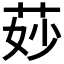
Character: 𦯷